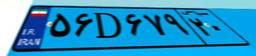
۵۶D۶۷۹۲۰